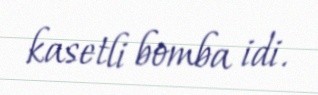
kasetli bomba idi.